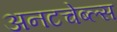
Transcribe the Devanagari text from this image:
अनटचेब्ल्स